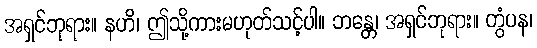
အရှင်ဘုရား။ နဟိ၊ ဤသို့ကားမဟုတ်သင့်ပါ။ ဘန္တေ၊ အရှင်ဘုရား။ တွံပန၊